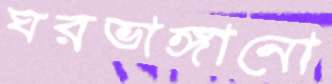
ঘরভাঙ্গানো